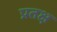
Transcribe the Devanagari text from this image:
प्रतक्ष